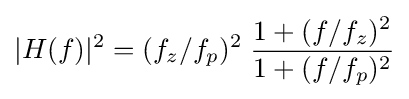
|H(f)|^{2}=(f_{z}/f_{p})^{2}\;{{1+(f/f_{z})^{2}} \over {1+(f/f_{p})^{2}}}